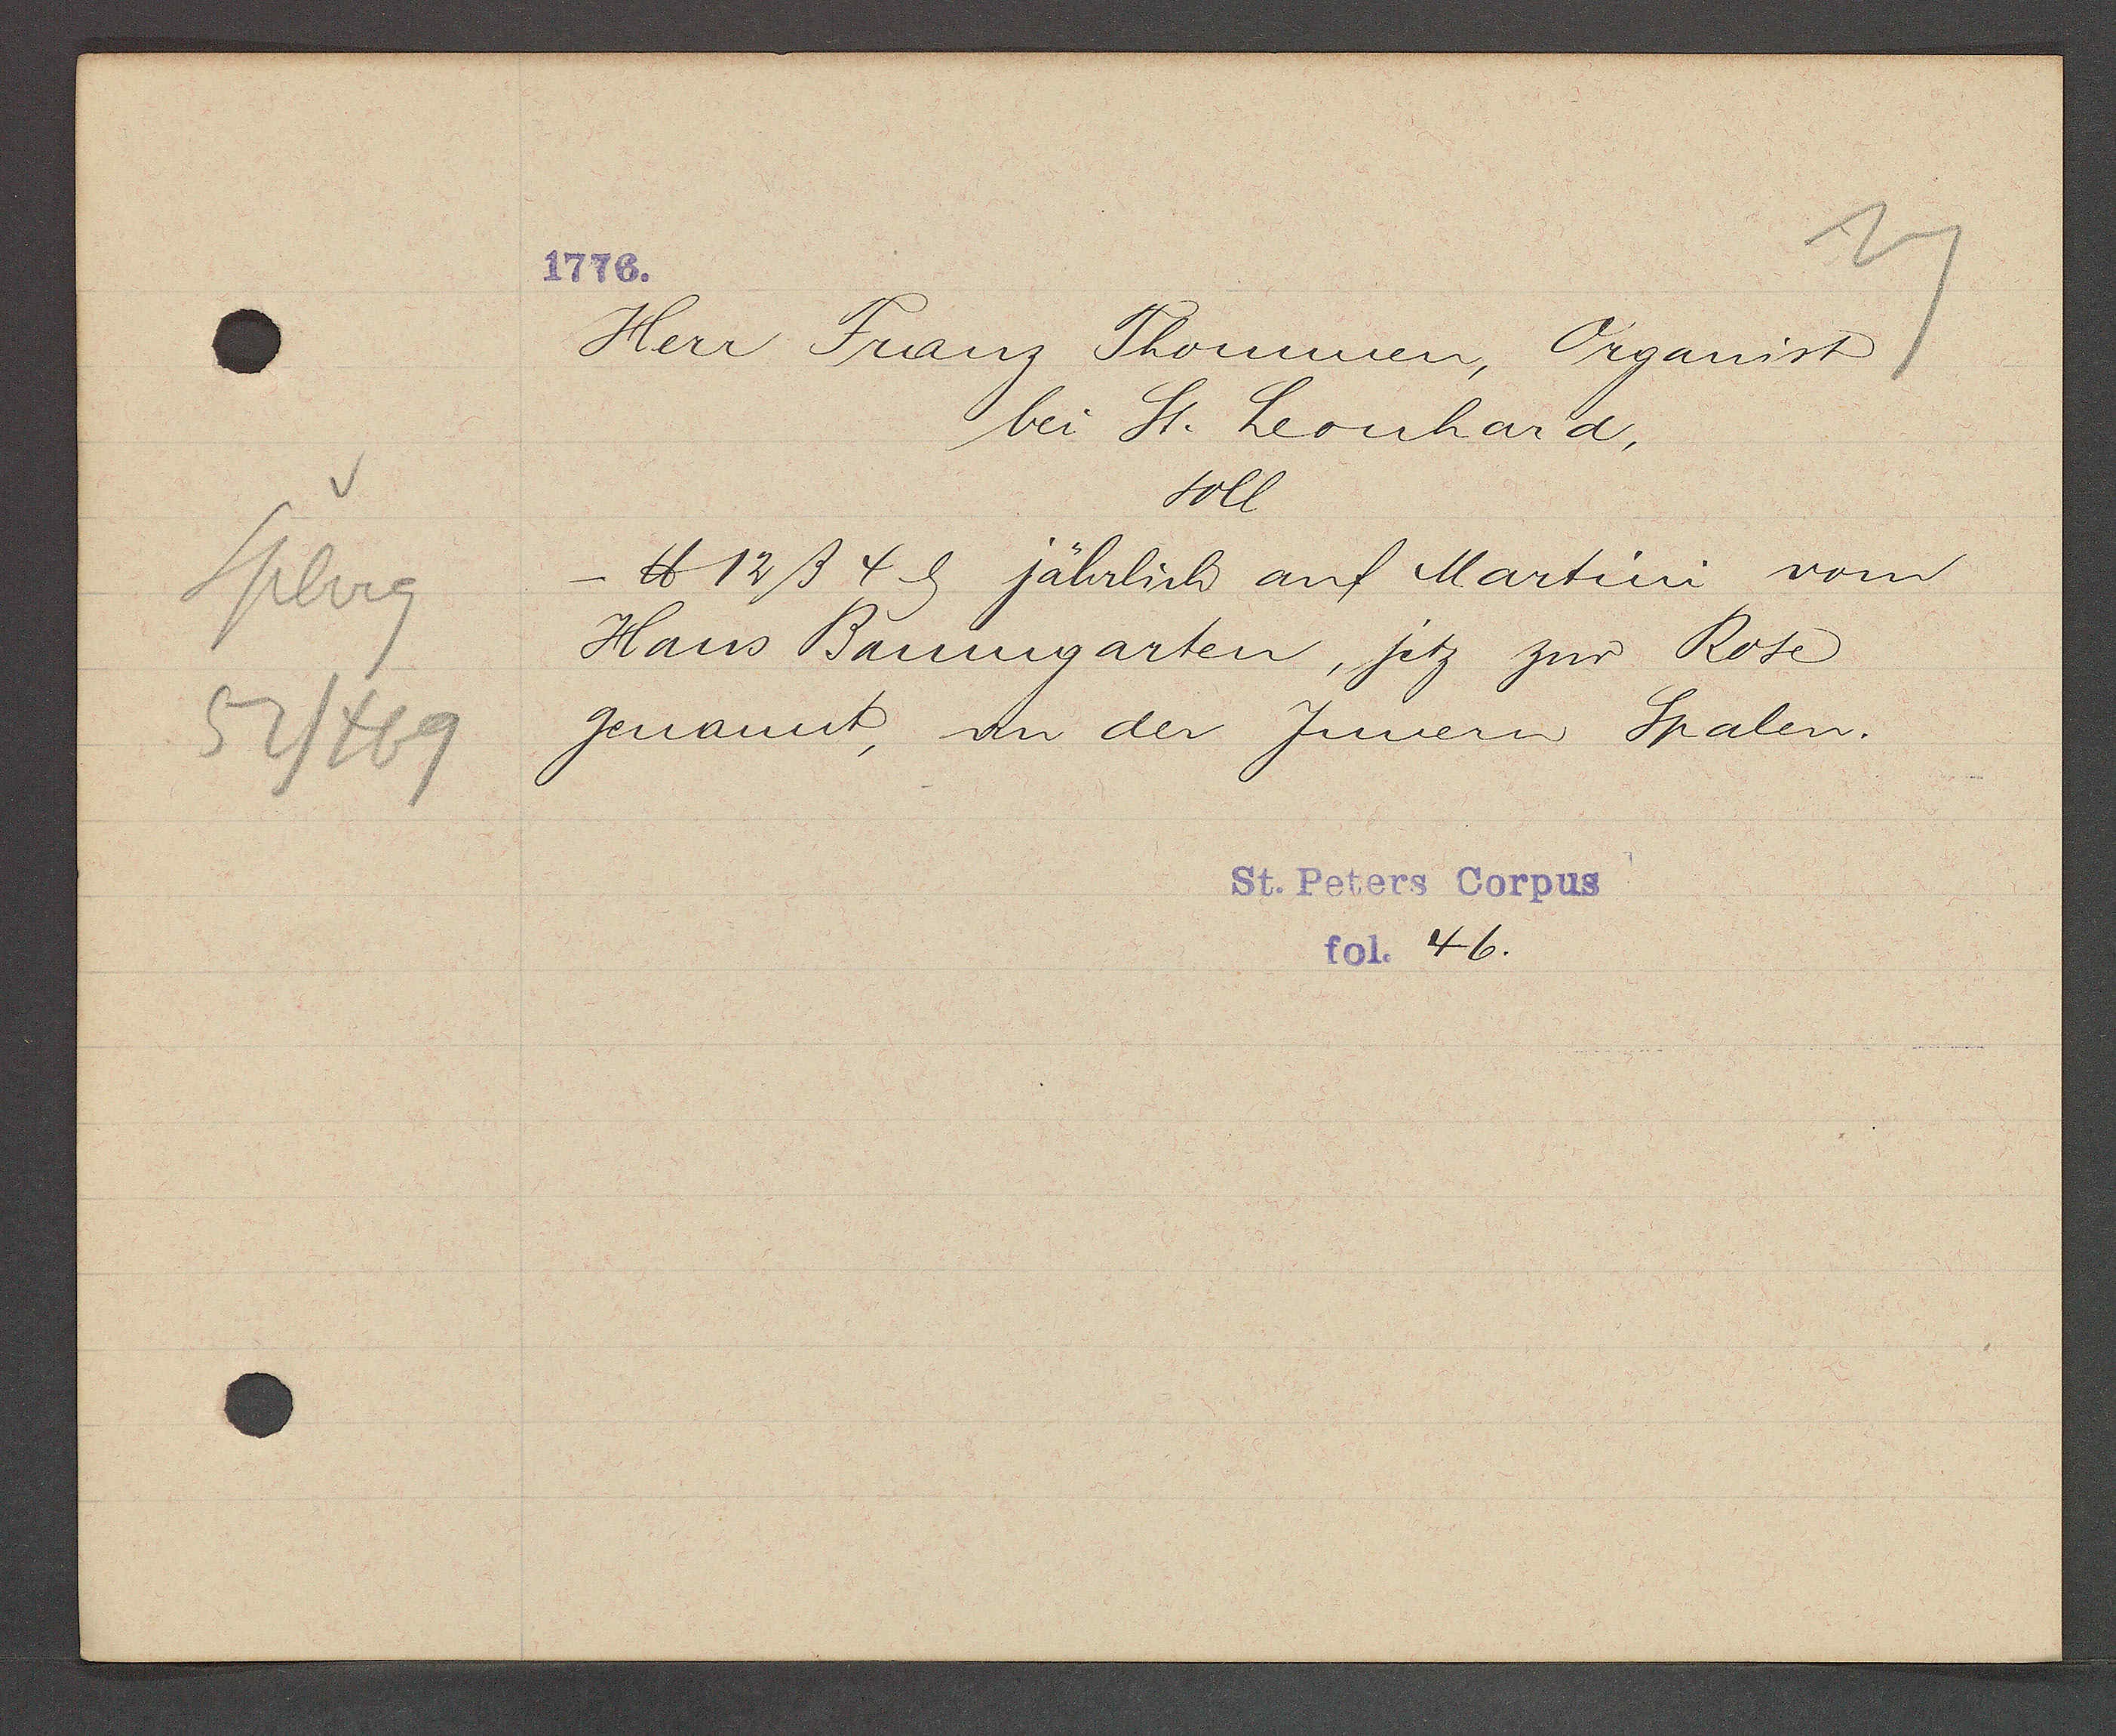
Transcript:
Spberg
52/469

1776.

Herr Franz Thommen, Organist
bei St. Leonhard,
soll
- ℔ 12ß 4ȡ jährlich auf Martini vom
Hans Baumgarten, jetz zur Rose
genannt, an der Jnnern Spalen.

St. Peters Corpus
fol. 46.